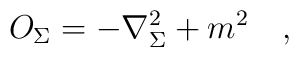
O_{\Sigma}=-\nabla^2_{\Sigma}+m^2~~~,